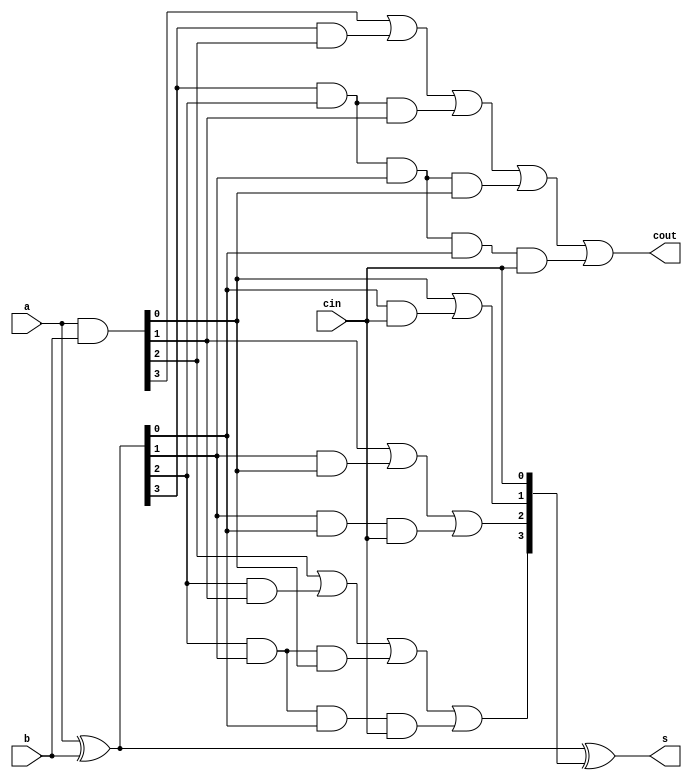
module carry_look_ahead_adder(s, cout, a, b, cin);
    input [3:0] a, b;
    input cin;
    output [3:0] s;
    output cout;
    wire [3:0] p, g, c;
    assign p = a ^ b;
    assign g = a & b;
    assign c[0] = cin;
    assign c[1] = g[0] | (p[0] & c[0]);
    assign c[2] = g[1] | (p[1] & g[0]) | (p[1] & p[0] & c[0]);
    assign c[3] = g[2] | (p[2] & g[1]) | (p[2] & p[1] & g[0]) | (p[2] & p[1] & p[0] & c[0]);
    assign cout = g[3] | (p[3] & g[2]) | (p[3] & p[2] & g[1]) | (p[3] & p[2] & p[1] & g[0]) | (p[3] & p[2] & p[1] & p[0] & c[0]);
    assign s = p ^ c;
endmodule